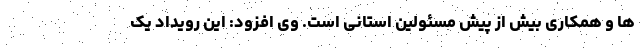
ها و همکاری بیش از پیش مسئولین استانی است. وی افزود: این رویداد یک